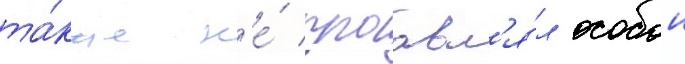
та́кже н'е́ проавл'я́л особои